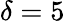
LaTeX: \delta=5